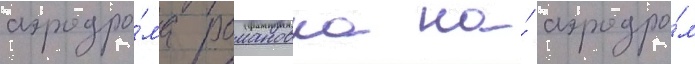
аэродро́ма романовка на́ аэродро́м